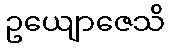
ဥယျောဇေသိ